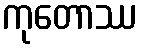
ကုတောဿ